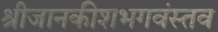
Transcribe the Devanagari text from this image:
श्रीजानकीशभगवंस्तव